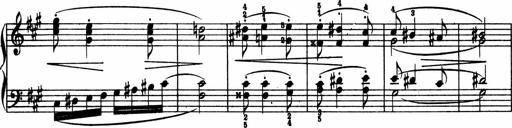
Title: 2 Sonatinen
Composer: Lambertus Adrianus van Tetterode